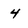
Character: 4